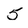
Character: 5